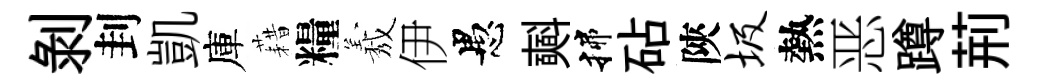
剥刲凱庫藉糧𦏁伊愚𣂏揲砧陝圾熱恶蹲荊